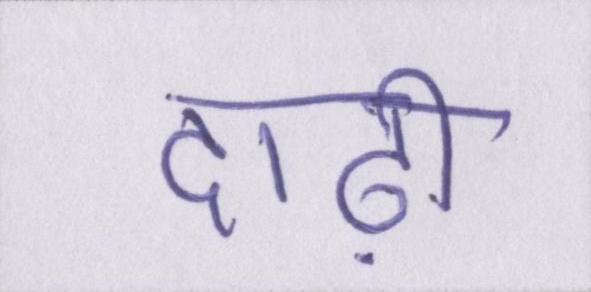
दाढ़ी